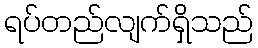
ရပ်တည်လျက်ရှိသည်